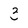
Character: 3